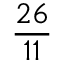
\frac { 2 6 } { 1 1 }